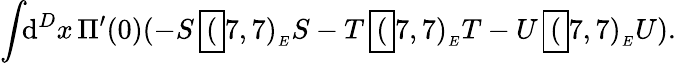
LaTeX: \int\! \! \mathrm{d}^{D}x\, \Pi^{\prime}(0)(-S\, \framebox(7,7){}_{_{E}}S-T\, \framebox(7,7){}_{_{E}}T-U\, \framebox(7,7){}_{_{E}}U).